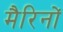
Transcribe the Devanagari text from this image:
मैरिनों